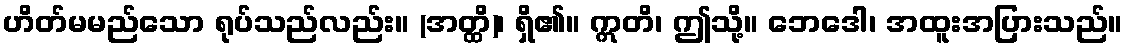
ဟိတ်မမည်သော ရုပ်သည်လည်း။ (အတ္ထိ)၊ ရှိ၏။ ဣတိ၊ ဤသို့။ ဘေဒေါ၊ အထူးအပြားသည်။